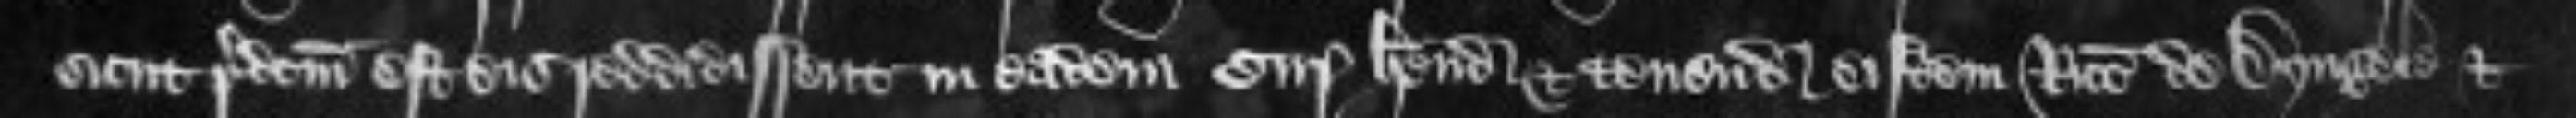
sicut predictum est eis reddidissent in eadem curia habendo et tenendo eisdem Ricardo de Dyngele et